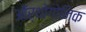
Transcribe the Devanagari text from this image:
ऑर्थोगोनिक